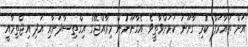
އަށް ތައާރަފް ކުެރި ގާނޫނު ކަމަށްވާތީވެ އެގާނޫނުން މިރާއްޖޭގެ އިގްތިސާދަށާއި އަދި އިޖްތިމާއީ